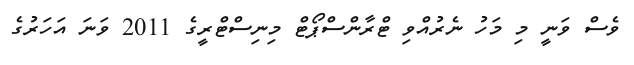
ވެސް ވަނީ މި މަހު ނެރުއްވި ޓްރާންސްޕޯޓް މިނިސްޓްރީގެ 2011 ވަނަ އަހަރުގެ